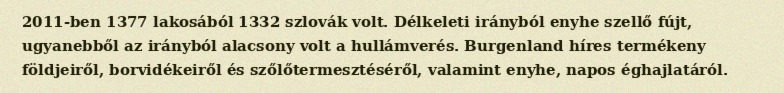
2011-ben 1377 lakosából 1332 szlovák volt. Délkeleti irányból enyhe szellő fújt, ugyanebből az irányból alacsony volt a hullámverés. Burgenland híres termékeny földjeiről, borvidékeiről és szőlőtermesztéséről, valamint enyhe, napos éghajlatáról.